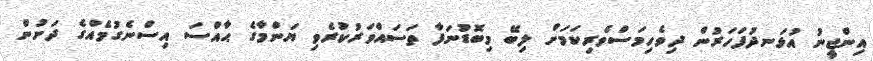
އިންޖީނު އުޅަނދުފަހަރުން ދިވެހިމަސްވެރިކަމަށް ލިބޭ މިބޮޑުނަފާ ތަސައްވަރުކުރެވި ޔަންމާގެ ޙާއްސަ އިސްނެގުމެއްގެ ދަށުން